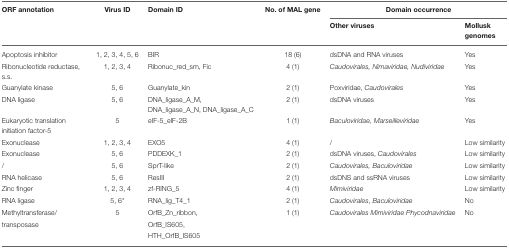
<table><thead><tr><td><b>ORF annotation</b></td><td><b>Virus ID</b></td><td><b>Domain ID</b></td><td><b>No. of MAL gene</b></td><td colspan="2"><b>Domain occurrence</b></td></tr><tr><td></td><td></td><td></td><td></td><td><b>Other viruses</b></td><td><b>Mollusk genomes</b></td></tr></thead><tbody><tr><td>Apoptosis inhibitor</td><td>1, 2, 3, 4, 5, 6</td><td>BIR</td><td>18 (6)</td><td>dsDNA and RNA viruses</td><td>Yes</td></tr><tr><td>Ribonucleotide reductase, s.s.</td><td>1, 2, 3, 4</td><td>Ribonuc_red_sm, Fic</td><td>4 (1)</td><td><i>Caudovirales, Nimaviridae, Nudiviridae</i></td><td>Yes</td></tr><tr><td>Guanylate kinase</td><td>5, 6</td><td>Guanylate_kin</td><td>2 (1)</td><td>Poxviridae, <i>Caudovirales</i></td><td>Yes</td></tr><tr><td>DNA ligase</td><td>5, 6</td><td>DNA_ligase_A_M, DNA_ligase_A_N, DNA_ligase_A_C</td><td>2 (1)</td><td>dsDNA viruses</td><td>Yes</td></tr><tr><td>Eukaryotic translation initiation factor-5</td><td>5</td><td>eIF-5_eIF-2B</td><td>1 (1)</td><td><i>Baculoviridae, Marseilleviridae</i></td><td>Yes</td></tr><tr><td>Exonuclease</td><td>1, 2, 3, 4</td><td>EXO5</td><td>4 (1)</td><td>/</td><td>Low similarity</td></tr><tr><td>Exonuclease</td><td>5, 6</td><td>PDDEXK_1</td><td>2 (1)</td><td>dsDNA viruses, <i>Caudovirales</i></td><td>Low similarity</td></tr><tr><td>/</td><td>5, 6</td><td>SprT-like</td><td>2 (1)</td><td><i>Caudovirales, Baculoviridae</i></td><td>Low similarity</td></tr><tr><td>RNA helicase</td><td>5, 6</td><td>ResIII</td><td>2 (1)</td><td>dsDNS and ssRNA viruses</td><td>Low similarity</td></tr><tr><td>Zinc finger</td><td>1, 2, 3, 4</td><td>zf-RING_5</td><td>4 (1)</td><td><i>Mimiviridae</i></td><td>Low similarity</td></tr><tr><td>RNA ligase</td><td>5, 6<sup>*</sup></td><td>RNA_lig_T4_1</td><td>2 (1)</td><td><i>Caudovirales, Baculoviridae</i></td><td>No</td></tr><tr><td>Methyltransferase/</td><td>5</td><td>OrfB_Zn_ribbon,</td><td>1 (1)</td><td><i>Caudovirales Mimiviridae Phycodnaviridae</i></td><td>No</td></tr><tr><td>transposase</td><td></td><td>OrfB_IS605,</td><td></td><td></td><td></td></tr><tr><td></td><td></td><td>HTH_OrfB_IS605</td><td></td><td></td><td></td></tr></tbody></table>